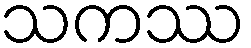
သကဿ